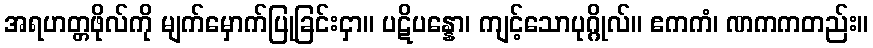
အရဟတ္တဖိုလ်ကို မျက်မှောက်ပြုခြင်းငှာ။ ပဋိပန္နော၊ ကျင့်သောပုဂ္ဂိုလ်။ ဧကကံ၊ ဏကကတည်း။